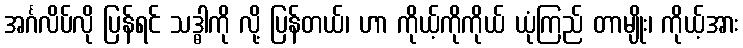
အင်္ဂလိပ်လို ပြန်ရင် သဒ္ဓါကို လို့ ပြန်တယ်၊ ဟာ ကိုယ့်ကိုကိုယ် ယုံကြည် တာမျိုး၊ ကိုယ့်အား